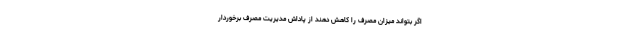
اگر بتواند میزان مصرف را کاهش دهند از پاداش مدیریت مصرف برخوردار